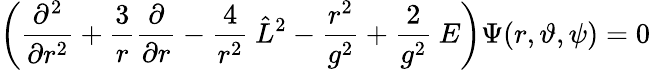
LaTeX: \left(\frac{\partial^{2}}{\partial r^{2}}+\frac{3}{r}\frac{\partial}{\partial r}-\frac{4}{r^{2}}\: \hat{L}^{2}-\frac{r^{2}}{g^{2}}+\frac{2}{g^{2}}\: E\right)\Psi(r,\vartheta,\psi)=0